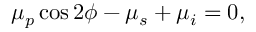
\begin{array} { r } { \mu _ { p } \cos 2 \phi - \mu _ { s } + \mu _ { i } = 0 , } \end{array}